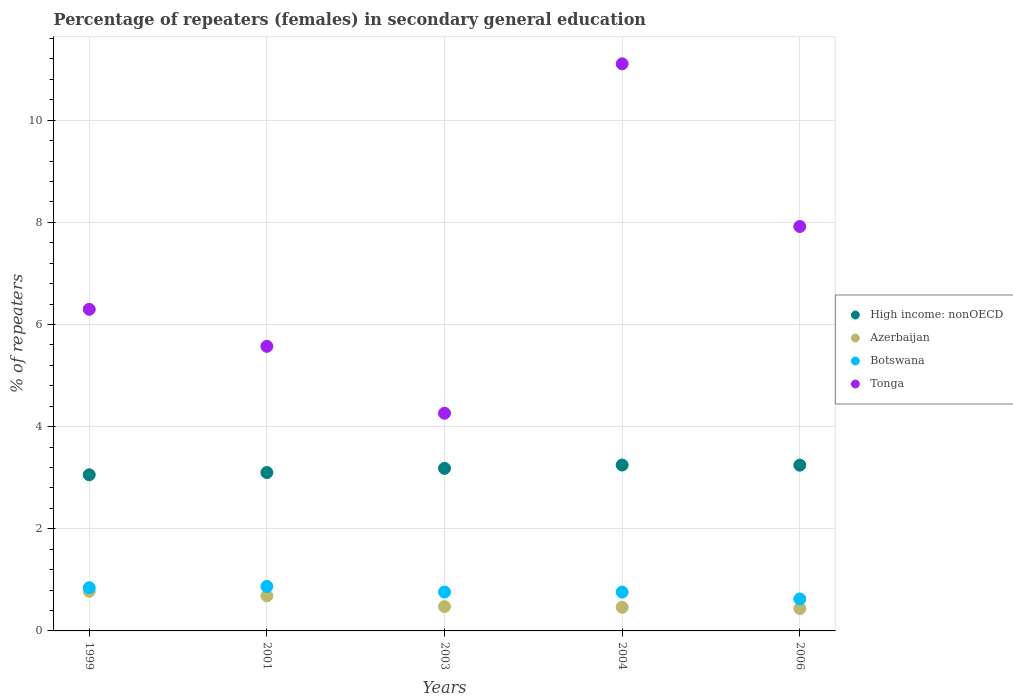
| Years | High income: nonOECD | Azerbaijan | Botswana | Tonga |
 | --- | --- | --- | --- | --- |
 | 1999 | 3.06 | 0.777 | 0.846 | 6.3 |
 | 2001 | 3.1 | 0.687 | 0.871 | 5.57 |
 | 2003 | 3.18 | 0.476 | 0.762 | 4.26 |
 | 2004 | 3.25 | 0.463 | 0.761 | 11.1 |
 | 2006 | 3.25 | 0.438 | 0.626 | 7.92 |